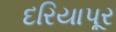
દરિયાપૂર